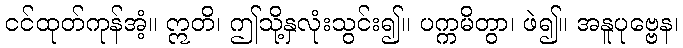
ငင်ထုတ်ကုန်အံ့။ ဣတိ၊ ဤသို့နှလုံးသွင်း၍။ ပက္ကမိတွာ၊ ဖဲ၍။ အနူပုဗ္ဗေန၊